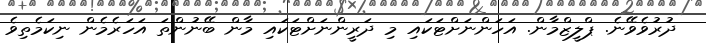
ދުރުވެވޭނެ. ޕްލީޒްމާން. އަހަންނަށްޓަކައި މި ދަރީންނަށްޓަކައި މާން ބޭނުންތަ އަހަރެމެން ނިކަމެތިވެ